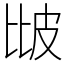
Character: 𤿎